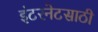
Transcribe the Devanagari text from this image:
इंटरनेटसाठी